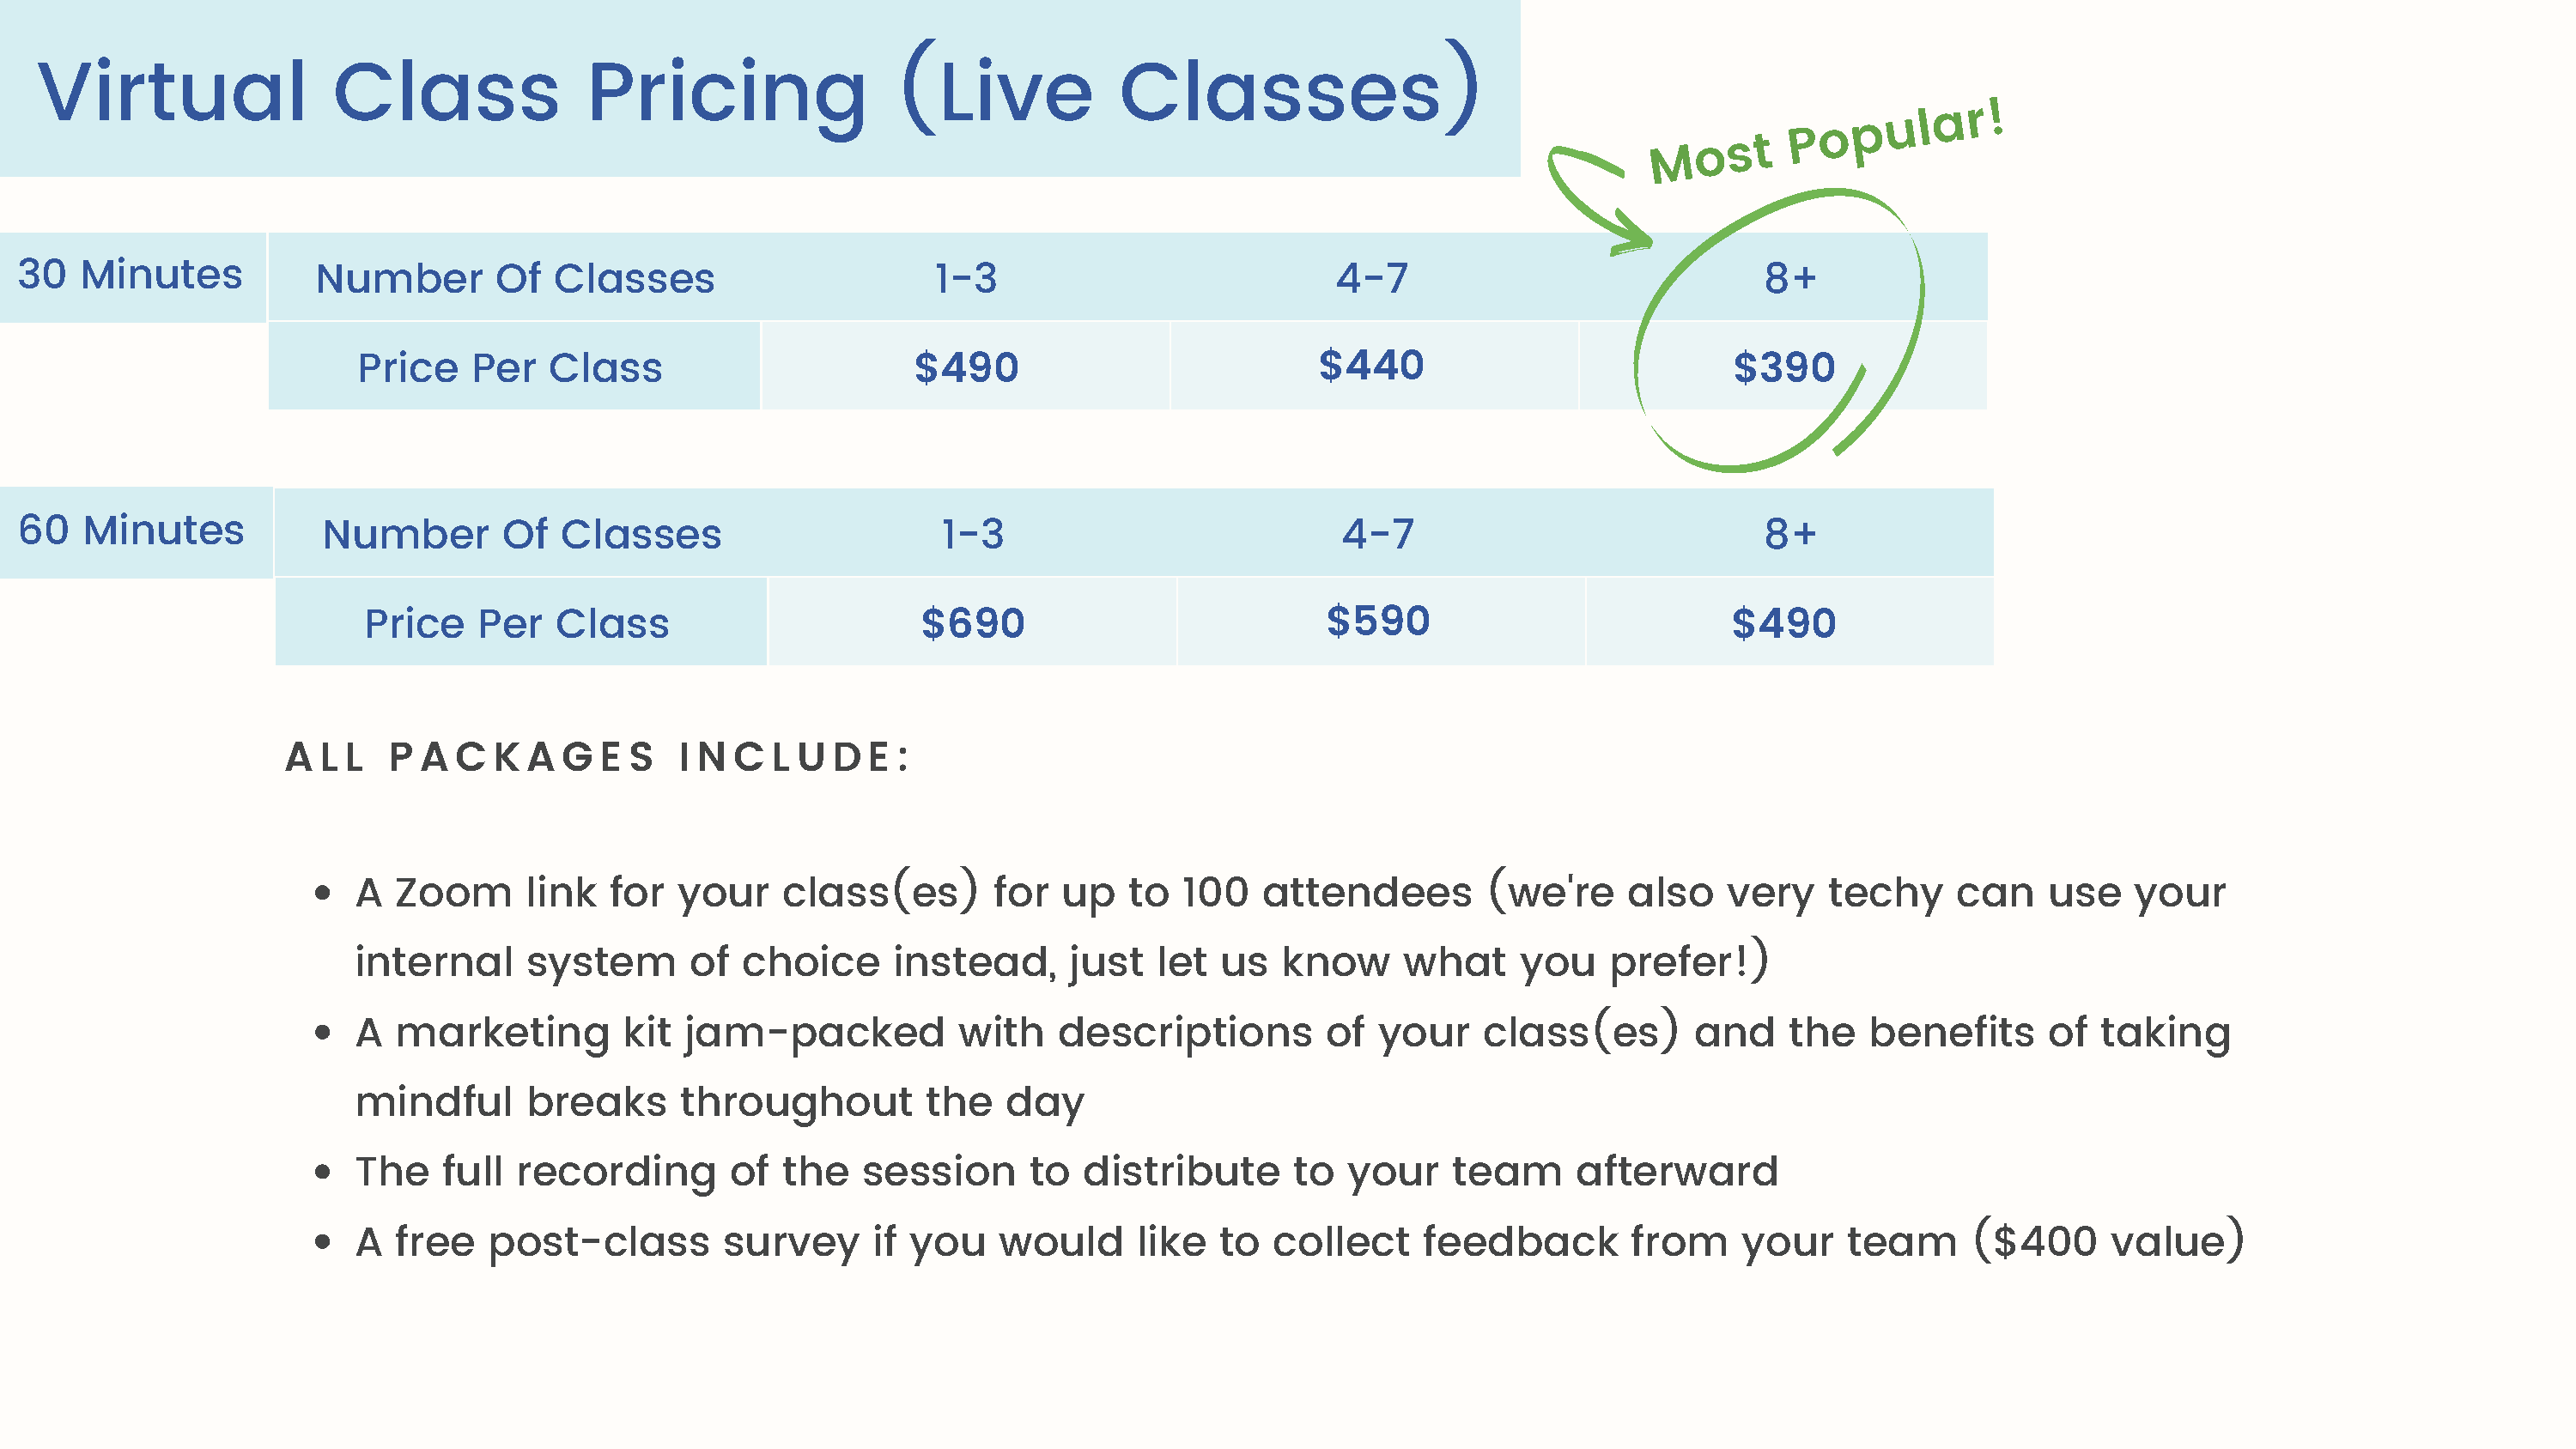
Virtual                Class              Pricing                 (Live            Classes)
 M  o  s t
 P  o p  u l a r !
 30   Minutes           Number        Of   Classes                      1-3                            4-7                              8+
 Price   Per   Class                       $490                            $440                            $390
 60   Minutes            Number        Of  Classes                       1-3                           4-7                              8+
 Price    Per   Class                       $690                           $590                           $490
 A  L L  P A  C  K  A G  E S   I N  C L U  D  E :
 A  Zoom       link  for  your    class(es)        for  up   to  100   attendees         (we're    also    very    techy     can    use    your
 internal      system      of  choice      instead,     just   let  us   know     what     you    prefer!)
 A  marketing         kit  jam-packed           with    descriptions        of  your    class(es)        and    the   benefits      of  taking
 mindful       breaks     throughout         the    day
 The    full  recording       of  the   session      to   distribute      to  your    team      afterward
 A  free    post-class        survey     if you    would      like  to  collect     feedback        from    your    team      ($400      value)